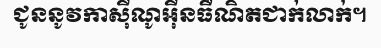
ជូននូវកាស៊ីណូអ៊ីនធឺណិតជាក់លាក់។